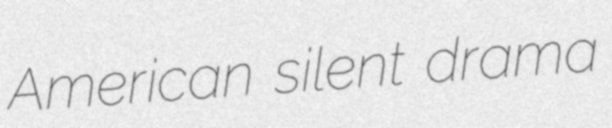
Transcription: American silent drama